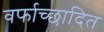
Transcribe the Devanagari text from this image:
वर्फाच्‍छादित